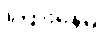
ကြားနေမဲ